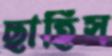
ছাহিস